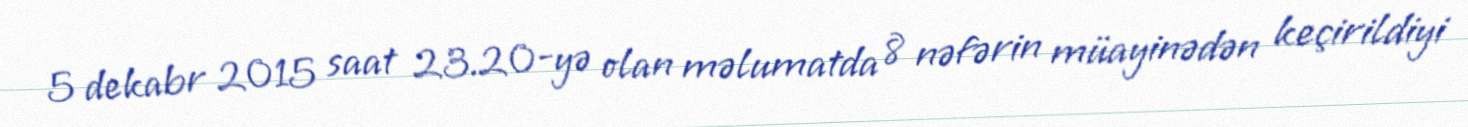
5 dekabr 2015 saat 23.20-yə olan məlumatda 8 nəfərin müayinədən keçirildiyi